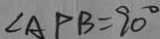
\angle A P B = 9 0 ^ { \circ }